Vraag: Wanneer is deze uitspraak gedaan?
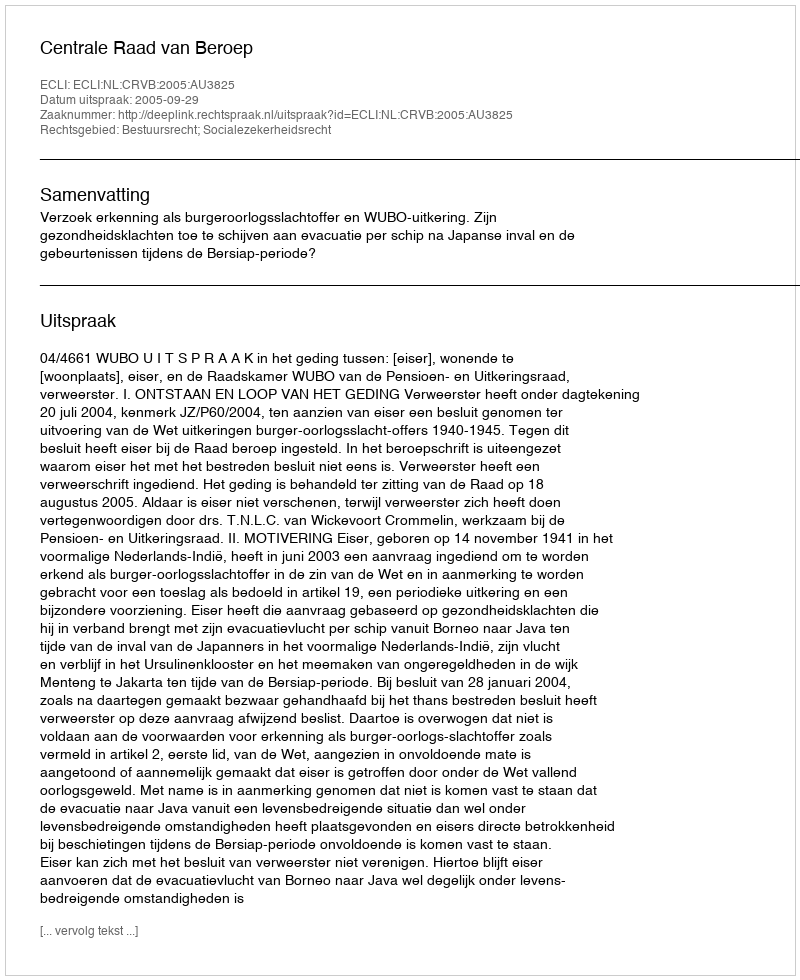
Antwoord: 2005-09-29